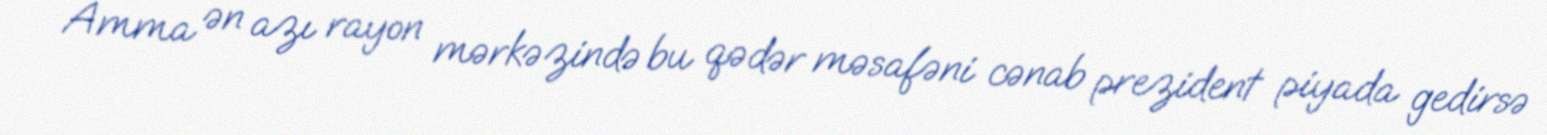
Amma ən azı rayon mərkəzində bu qədər məsafəni cənab prezident piyada gedirsə